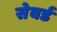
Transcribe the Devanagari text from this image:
सेवर्ड